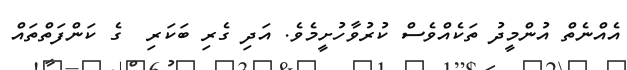
އެއްނެތް އުންމީދު ތަކެއްވެސް ކުރުވާހުށީމެވެ. އަދި ގެރި ބަކަރި  ގެ ކަންފަތްތައް